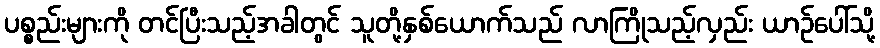
ပစ္စည်းများကို တင်ပြီးသည့်အခါတွင် သူတို့နှစ်ယောက်သည် လာကြိုသည့်လှည်း ယာဉ်ပေါ်သို့